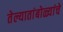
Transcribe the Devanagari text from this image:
तेल्यातांबोळ्यांचे